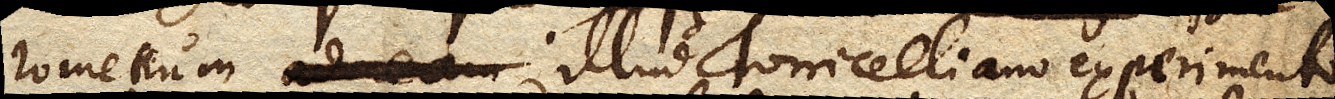
rometrum illud Torricelliano experimento